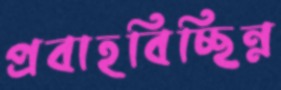
প্রবাহবিচ্ছিন্ন